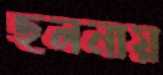
ছলনায়